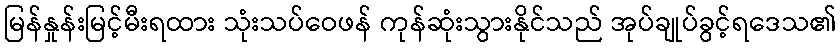
မြန်နှုန်းမြင့်မီးရထား သုံးသပ်ဝေဖန် ကုန်ဆုံးသွားနိုင်သည် အုပ်ချုပ်ခွင့်ရဒေသ၏